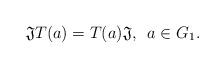
LaTeX: \begin{align*}\mathfrak{J}T(a) = T(a)\mathfrak{J}, \,\,\, a \in G_1.\end{align*}